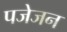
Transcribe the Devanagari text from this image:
पजेजन